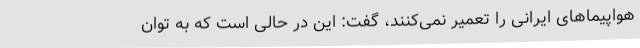
هواپیماهای ایرانی را تعمیر نمی‌کنند، گفت: این در حالی است که به توان